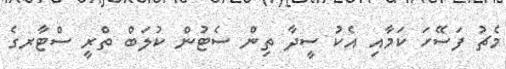
މެޗު ފަސޭހަ ކަމާއި އެކު ސީދާ ތިން ސެޓުން ކުލަބް ތްރީ ސްޓާރގެ